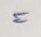
=